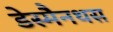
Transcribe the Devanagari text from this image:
डेस्मैनथस